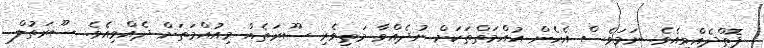
ފޮތްދެއްވިއެވެ. ނަމަވެސް އެހެން އުއްމަތްތަކަށް ނުދެއްވާ މަތިވެރި ސޫރަތެއް މިއުއްމަތަށް ދެއްވިއެވެ. ސޫރަތުލް